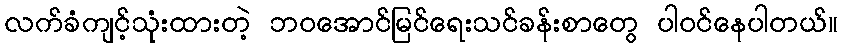
လက်ခံကျင့်သုံးထားတဲ့ ဘဝအောင်မြင်ရေးသင်ခန်းစာတွေ ပါဝင်နေပါတယ်။